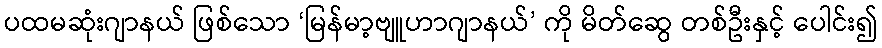
ပထမဆုံးဂျာနယ် ဖြစ်သော ‘မြန်မာ့ဗျူဟာဂျာနယ်’ ကို မိတ်ဆွေ တစ်ဦးနှင့် ပေါင်း၍